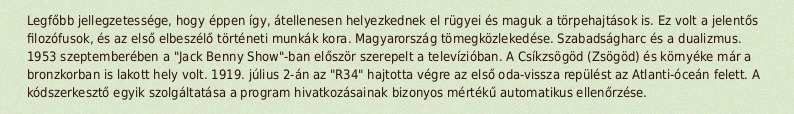
Legfőbb jellegzetessége, hogy éppen így, átellenesen helyezkednek el rügyei és maguk a törpehajtások is. Ez volt a jelentős filozófusok, és az első elbeszélő történeti munkák kora. Magyarország tömegközlekedése. Szabadságharc és a dualizmus. 1953 szeptemberében a "Jack Benny Show"-ban először szerepelt a televízióban. A Csíkzsögöd (Zsögöd) és környéke már a bronzkorban is lakott hely volt. 1919. július 2-án az "R34" hajtotta végre az első oda-vissza repülést az Atlanti-óceán felett. A kódszerkesztő egyik szolgáltatása a program hivatkozásainak bizonyos mértékű automatikus ellenőrzése.